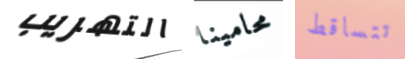
التهريب محامينا تتساقط